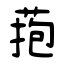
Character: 菢